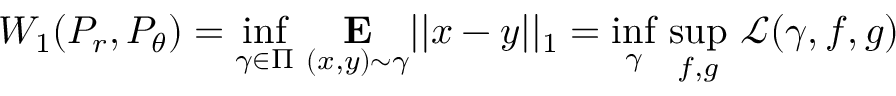
W _ { 1 } ( P _ { r } , P _ { \theta } ) = \underset { \gamma \in \Pi } { \operatorname* { i n f } } \ \underset { ( x , y ) \sim \gamma } { \mathbf { E } } | | x - y | | _ { 1 } = \underset { \gamma } { \operatorname* { i n f } } \ \underset { f , g } { \operatorname* { s u p } } \ \mathcal { L } ( \gamma , f , g )